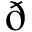
\eth